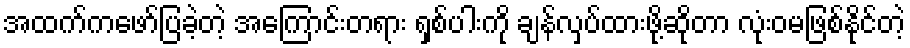
အထက်ကဖော်ပြခဲ့တဲ့ အကြောင်းတရား ရှစ်ပါးကို ချန်လှပ်ထားဖို့ဆိုတာ လုံးဝမဖြစ်နိုင်တဲ့